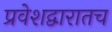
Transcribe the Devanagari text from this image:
प्रवेशद्वारातच